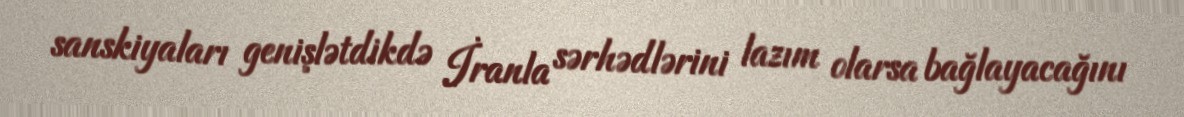
sanskiyaları genişlətdikdə İranla sərhədlərini lazım olarsa bağlayacağını